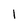
Character: 1